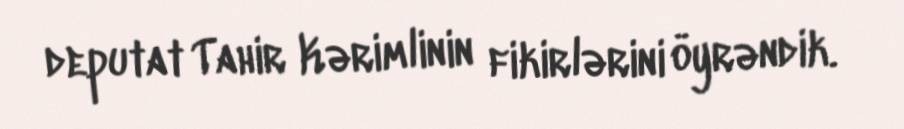
deputat Tahir Kərimlinin fikirlərini öyrəndik.